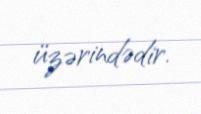
üzərindədir.